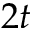
2 t